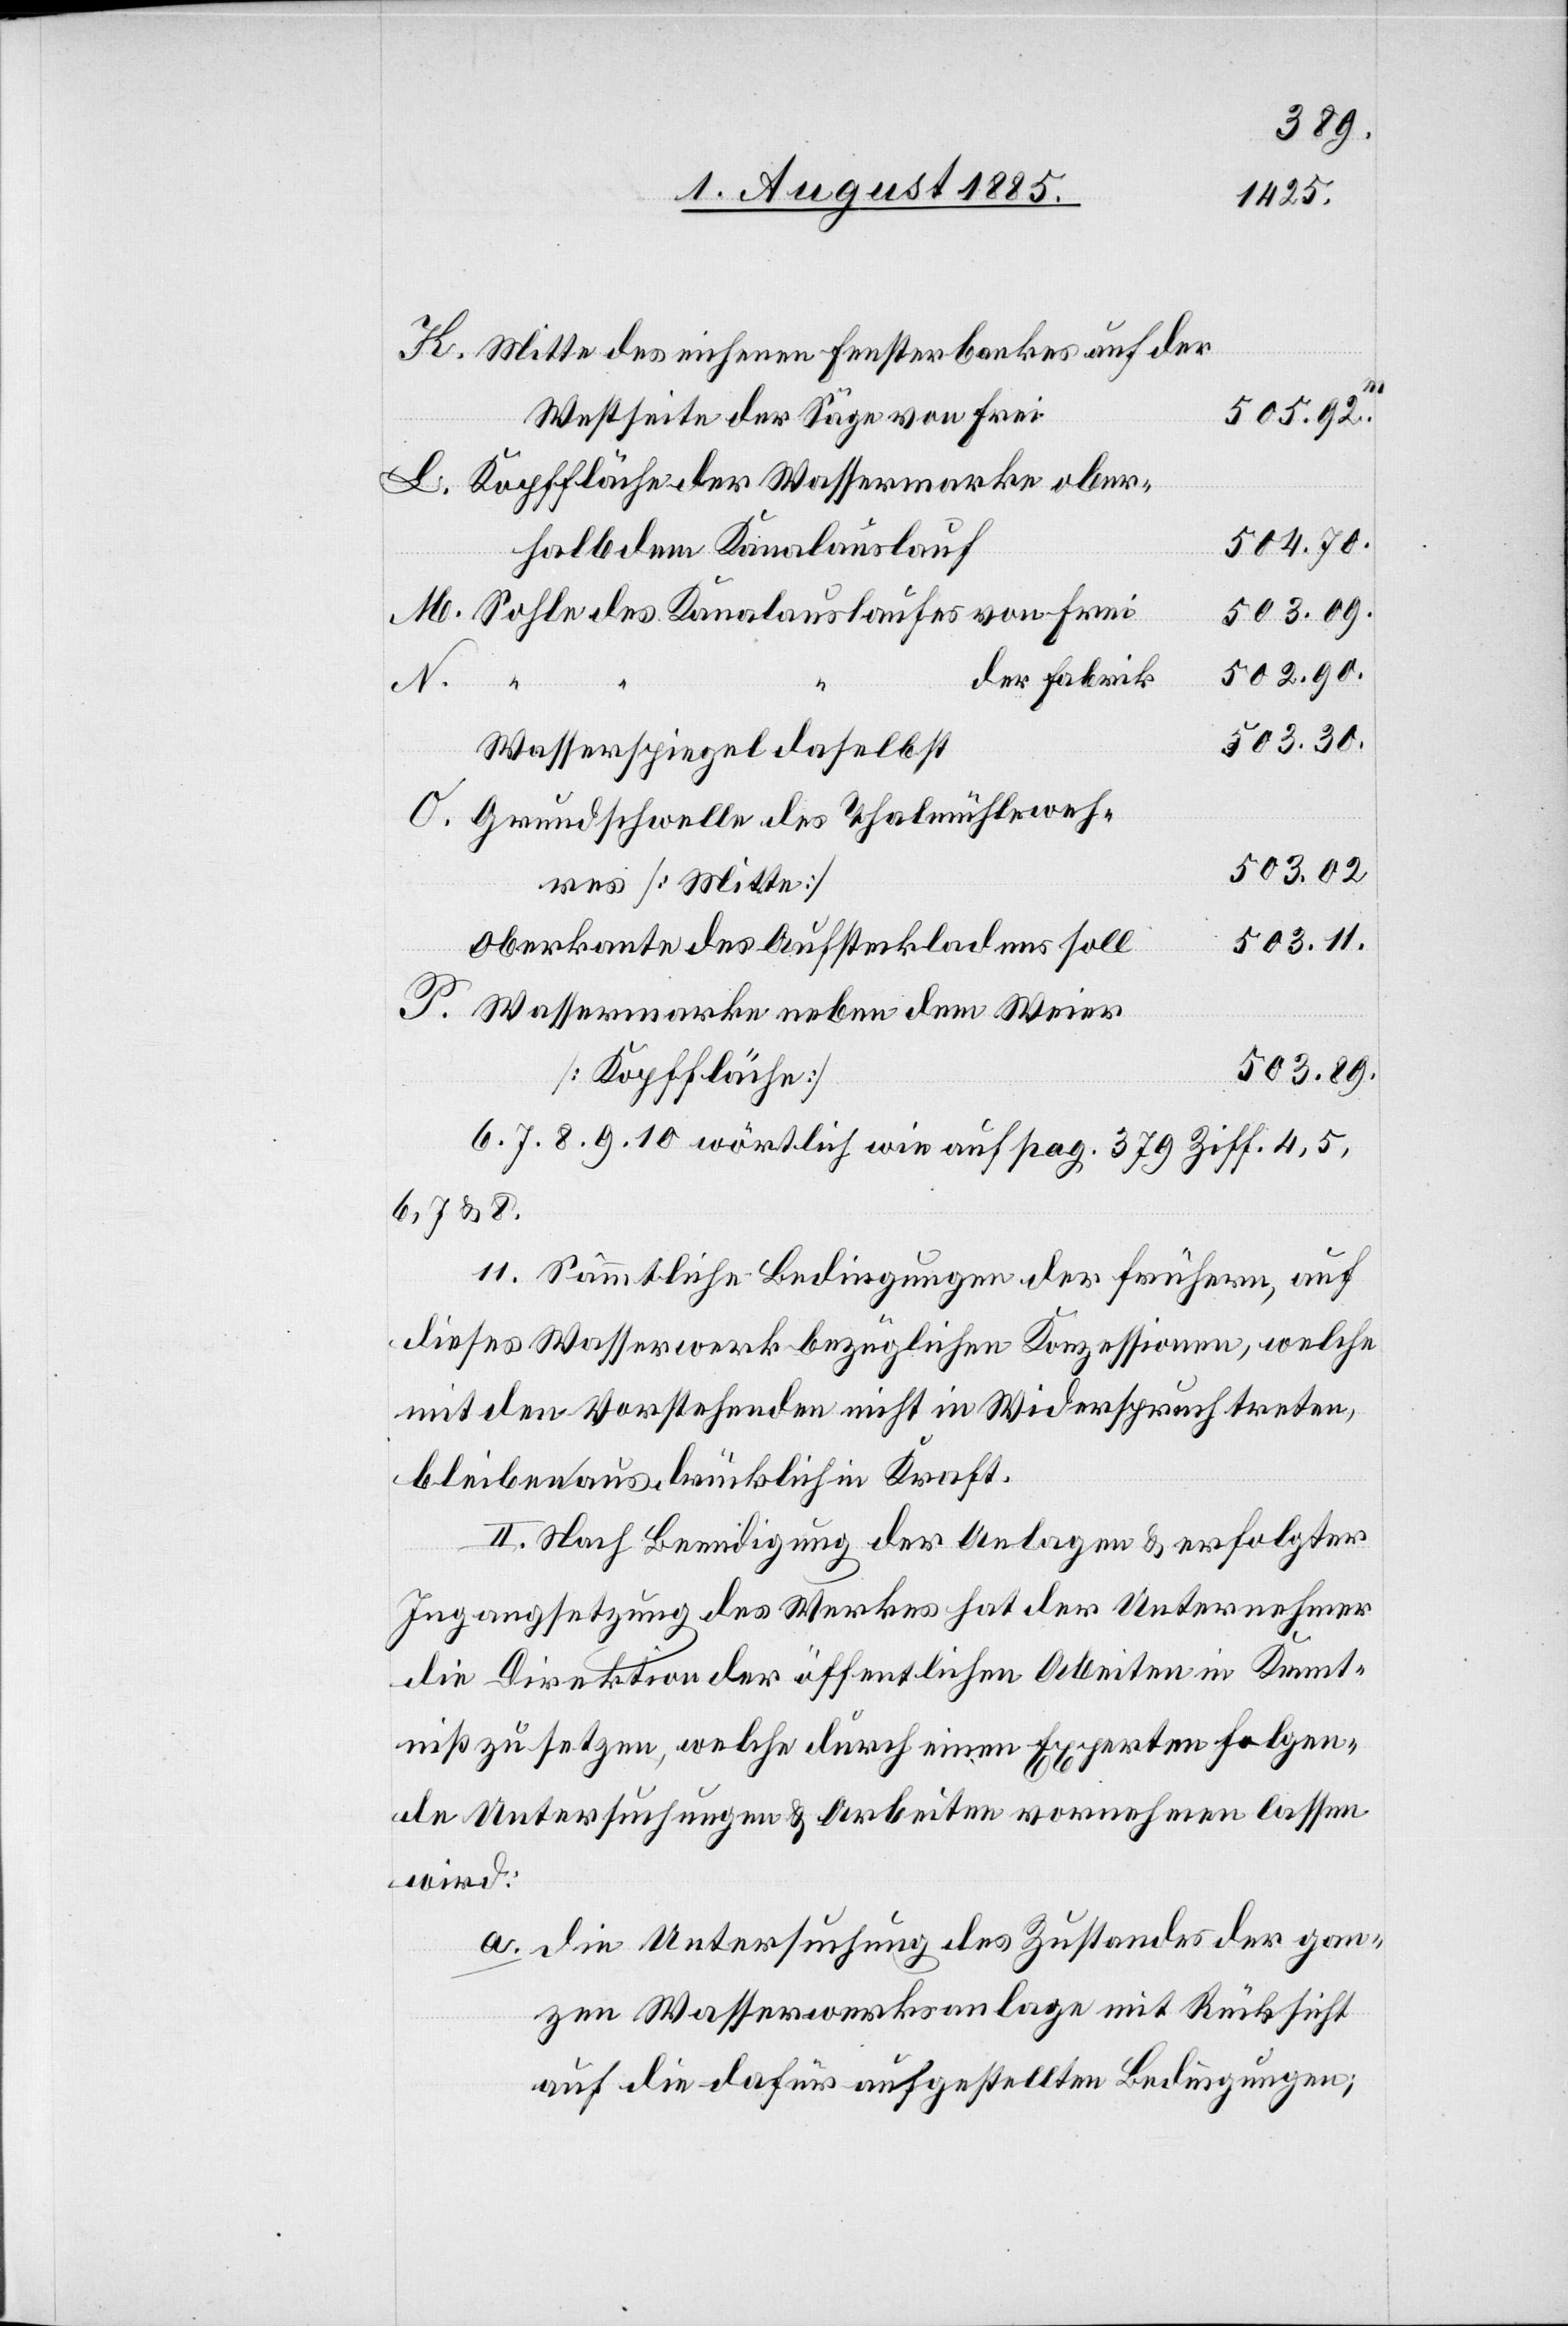
Mitte des eichenen Fensterbankes auf der
M.
Westseite der Säge von Frei
505.92m
Kopffläche der Wassermarke ober¬
504.70.
halb dem Kanalauslauf
502.90.
der Fabrik
503.30.
Wasserspiegel daselbst
Grundschwelle des Thalmühlenweh¬
503.02.
res [Mitte]
503.11.
Oberkante des Aufsteckladens soll
Wassermarke neben dem Weier
503.89.
[Kopffläche]
6. 7. 8. 9. 10. wörtlich wie auf pag. 379 Ziff. 4, 5,
6, 7, & 8.
11. Sämmtliche Bedingungen des frühern, auf
dieses Wasserwerk bezüglichen Konzessionen, welche
mit den Vorstehenden nicht in Widerspruch treten,
bleiben ausdrücklich in Kraft.
II. Nach Beendigung der Anlagen & erfolgter
Ingangsetzung des Werkes hat der Unternehmer
die Direktion der öffentlichen Arbeiten in Kennt¬
niß zu setzen, welche durch einen Experten folgen¬
de Untersuchungen & Arbeiten vornehmen lassen
wird:
a. die Untersuchung des Zustandes der gan¬
zen Wasserwerksanlage mit Rücksicht
auf die dafür aufgestellten Bedingungen;